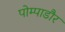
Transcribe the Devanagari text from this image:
पोम्पाडौर